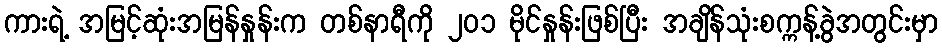
ကားရဲ့ အမြင့်ဆုံးအမြန်နှုန်းက တစ်နာရီကို ၂၀၁ မိုင်နှုန်းဖြစ်ပြီး အချိန်သုံးစက္ကန့်ခွဲအတွင်းမှာ